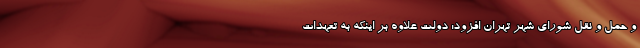
و حمل و نقل شورای شهر تهران افزود: دولت علاوه بر اینکه به تعهدات